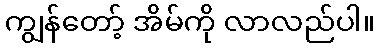
ကျွန်တော့် အိမ်ကို လာလည်ပါ။